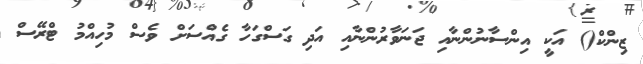
ޒިންކް() އަކީ އިންސާނުންނާއި ޖަނަވާރުންނާއި އަދި ގަސްގަހާ ގެއްސަށް ވެސް މުހިއްމު ޓްރޭސް